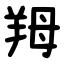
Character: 䍭